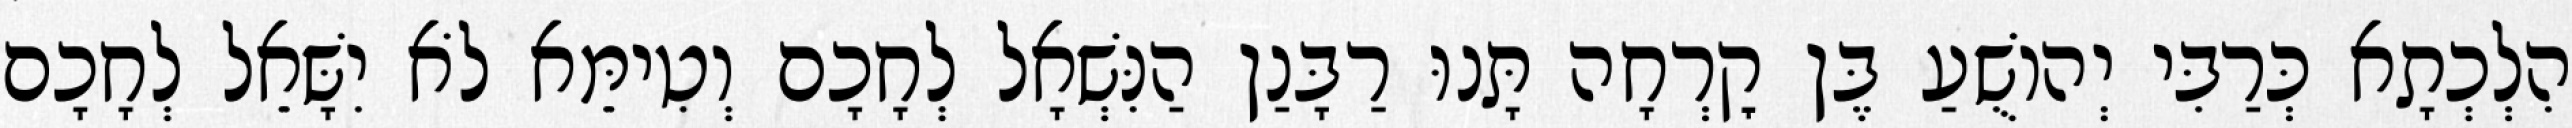
הִלְכְתָא כְּרַבִּי יְהוֹשֻׁעַ בֶּן קׇרְחָה תָּנוּ רַבָּנַן הַנִּשְׁאָל לְחָכָם וְטִימֵּא לֹא יִשָּׁאֵל לְחָכָם